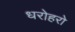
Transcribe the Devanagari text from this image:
धरोहरो